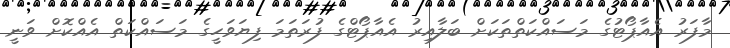
މާފަރު އެއާޕޯޓުގެ މަސައްކަތްތަކަށް ބަލާއިރު އެއާޕޯޓްގެ ފުރަތަމަ ފިޔަވަހީގެ މަސައްކަތް އެއްކޮށް ވަނީ